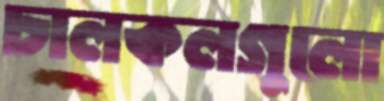
চালকলগুলো